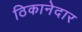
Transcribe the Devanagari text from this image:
ठिकानेदार